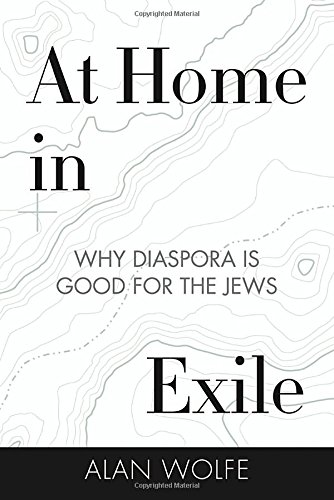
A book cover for At Home in Exile: Why Diaspora Is Good for the Jews; Alan Wolfe; Religion & Spirituality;